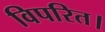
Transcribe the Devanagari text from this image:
विपरित।